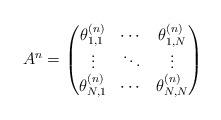
LaTeX: \begin{align*}A^n = \begin{pmatrix}\theta^{(n)}_{1,1} & \cdots & \theta^{(n)}_{1,N} \\\vdots & \ddots & \vdots \\\theta^{(n)}_{N,1} & \cdots & \theta^{(n)}_{N,N} \\\end{pmatrix}\end{align*}